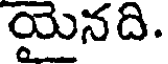
యైనది.